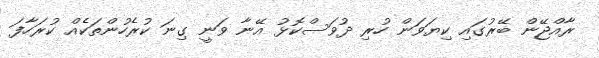
ރާއްޖޭން ބޭރުގައި ކިޔަވަން ހުރި ދުވަސްކޮޅު އޭނާ ވަނީ ގިނަ ކުރެހުންތަކެއް ކުރަހާފަ